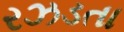
રઝડતા